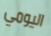
اليومي